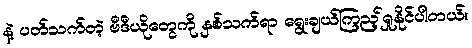
နဲ့ ပတ်သက်တဲ့ ဗီဒီယိုတွေကို နှစ်သက်ရာ ရွေးချယ်ကြည့်ရှုနိုင်ပါတယ်။